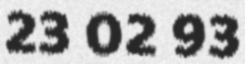
23 02 93